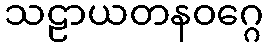
သဠာယတနဝဂ္ဂေ